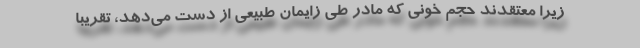
زیرا معتقدند حجم خونی که مادر طی زایمان طبیعی از دست می‌دهد، تقریبا